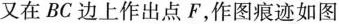
又在BC边上作出点F，作图痕迹如图